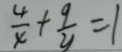
\frac { 4 } { x } + \frac { 9 } { y } = 1